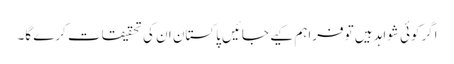
اگرکوئی شواہد ہیں توفراہم کیے جائیں پاکستان ان کی تحقیقات کرے گا۔